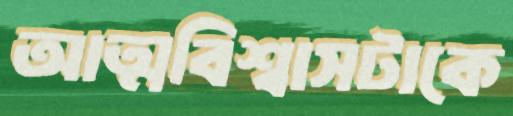
আত্মবিশ্বাসটাকে